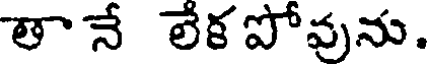
తానే లేక పోవును.